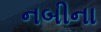
નબીના